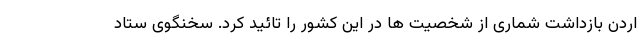
اردن بازداشت شماری از شخصیت ها در این کشور را تائید کرد. سخنگوی ستاد